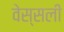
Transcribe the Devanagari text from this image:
वेस्सली